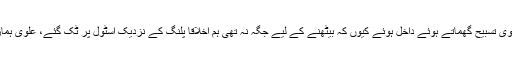
اسی دوران ہمارے دوست مولوی انور علوی تسبیح گھماتے ہوئے داخل ہوئے کیوں کہ بیٹھنے کے لیے جگہ نہ تھی ہم اخلاقاً پلنگ کے نزدیک اسٹول پر ٹک گئے، علوی ہمارے پلنگ پر نیم دراز ہوتے ہوئے بولے۔